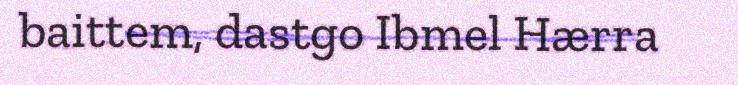
baittem, dastgo Ibmel Hærra